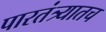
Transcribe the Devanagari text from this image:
पारतंत्र्यातच